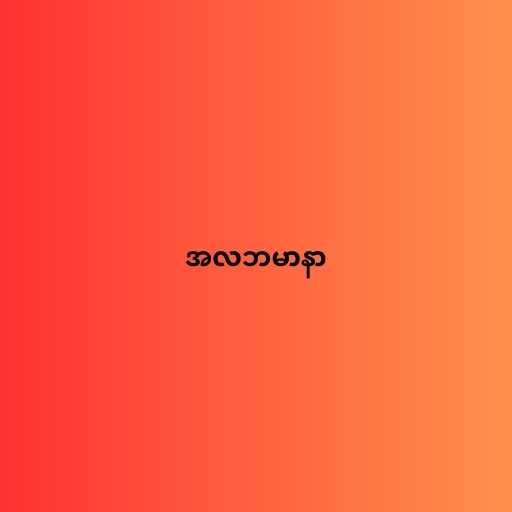
အလဘမာနာ